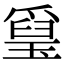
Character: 𤨐